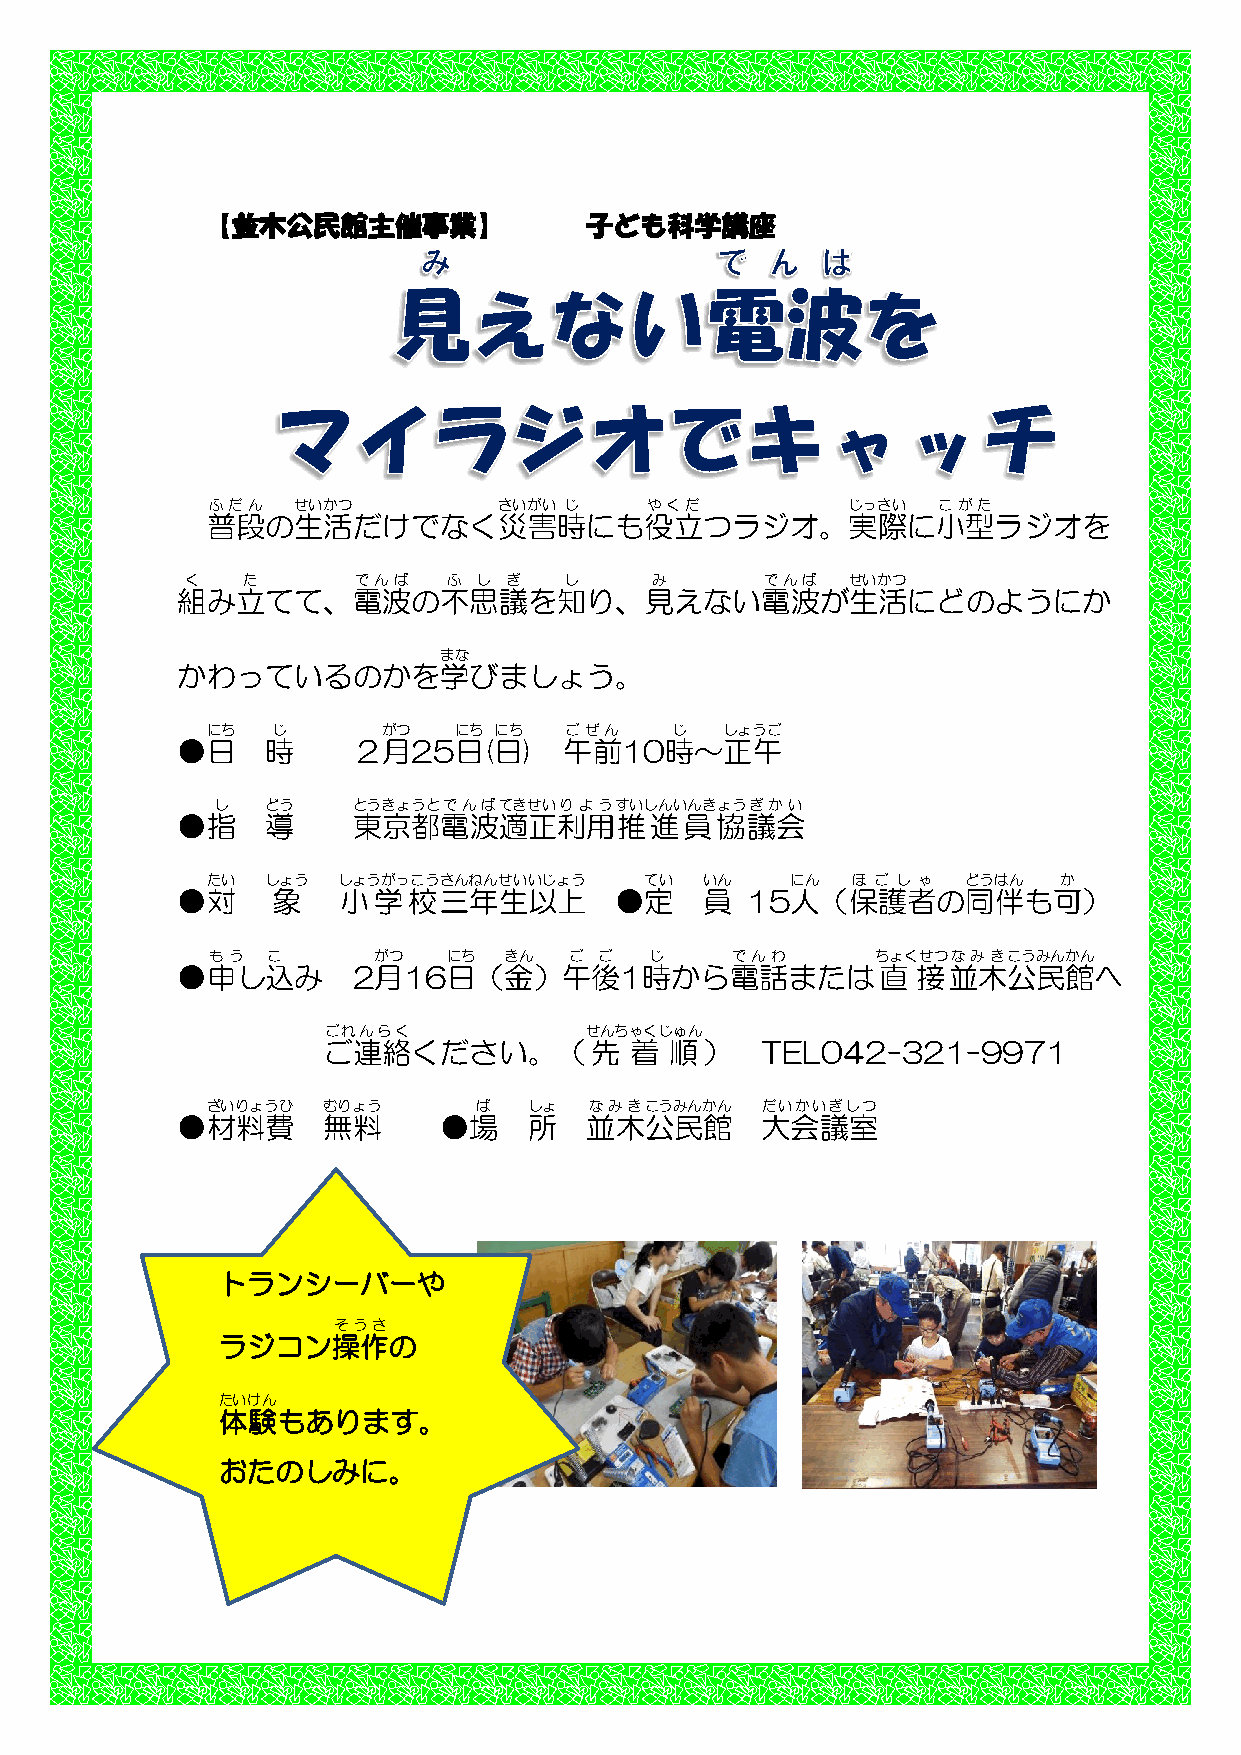
【並木公民館主催事業】              子ども科学講座
 ふだん  せいかつ          さいがい じ    やくだ          じっさい  こがた
 普段の生活だけでなく災害時にも役立つラジオ。実際に小型ラジオを
 く   た      でんぱ    ふ し ぎ  し     み       でんぱ  せいかつ
 組み立てて、電波の不思議を知り、見えない電波が生活にどのようにか
 まな
 かわっているのかを学びましょう。
 にち  じ      がつ   にち にち  ごぜん    じ   しょうご
 ●日    時    ２月25日(日)      午前10時～正午
 し   どう   とうきょうとでんぱてきせいりようすいしんいんきょうぎかい
 ●指    導    東京都電波適正利用推進員協議会
 たい  しょう しょうがっこうさんねんせいいじょう    てい  いん   にん  ほ ご し ゃ どうはん  か
 ●対    象    小学校三年生以上          ●定    員 15人（保護者の同伴も可）
 もう  こ      がつ   にち きん   ご ご  じ    でんわ       ちょくせつなみきこうみんかん
 ●申し込み      2月16日（金）午後1時から電話または直                  接並木公民館へ
 ごれんらく             せんちゃくじゅん
 ご連絡ください。（先           着 順）    TEL042-321-9971
 ざいりょうひ むりょう       ば  しょ  なみきこうみんかん  だいかいぎしつ
 ●材料費     無料      ●場    所   並木公民館      大会議室
 トランシーバーや
 そうさ
 ラジコン操作の
 たいけん
 体験もあります。
 おたのしみに。